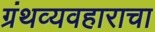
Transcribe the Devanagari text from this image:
ग्रंथव्यवहाराचा